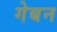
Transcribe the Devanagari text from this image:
गेबन